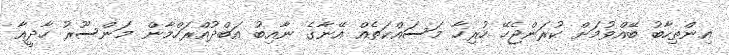
އިންތިހާބު ބޭއްވުމަށް ކުރަންޖެހޭ ހުރިހާ މަސައްކަތެއް އޭނާގެ ނާއިބު އަބްދުއްރަހްމާން މަންސޫރު ހާދީއާ